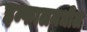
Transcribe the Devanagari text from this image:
इम्फालमधील